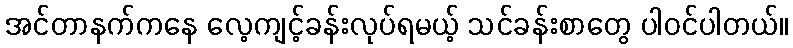
အင်တာနက်ကနေ လေ့ကျင့်ခန်းလုပ်ရမယ့် သင်ခန်းစာတွေ ပါဝင်ပါတယ်။